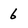
Character: 6